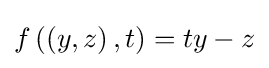
f\left(\left(y,z\right),t\right)=ty-z